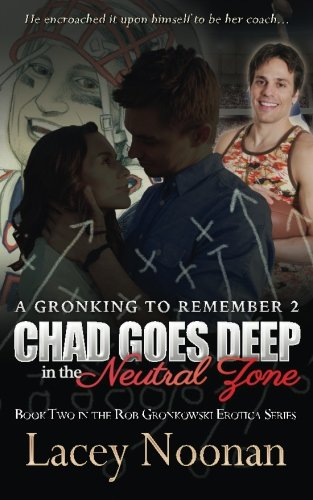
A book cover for A Gronking to Remember 2: Chad Goes Deep in the Neutral Zone (Rob Gronkowski Erotica Series) (Volume 2); Lacey Noonan; Romance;